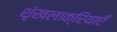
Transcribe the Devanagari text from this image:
शृंखलाक्रियाएँ